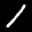
Label: 1